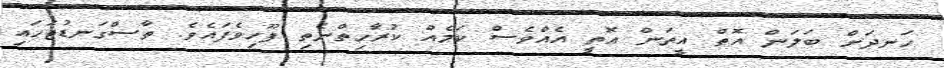
ހަނދަށް ބަަަލަން އޮތް އީތަން އޮތީ އެއްވެސް ކަމެއް ކުރާހިތްނެތި ފޫހިވެފައެވެ. ތާސްގަނޑުޖަހައި